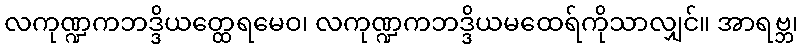
လကုဏ္ဍကဘဒ္ဒိယတ္ထေရမေဝ၊ လကုဏ္ဍကဘဒ္ဒိယမထေရ်ကိုသာလျှင်။ အာရဗ္ဘ၊